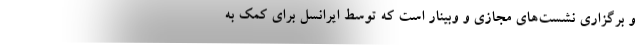
و برگزاری نشست‌های مجازی و وبینار است که توسط ایرانسل برای کمک به